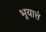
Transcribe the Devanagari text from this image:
भूयात्तं